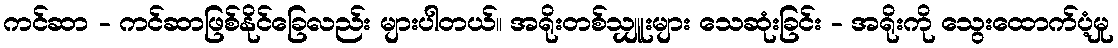
ကင်ဆာ - ကင်ဆာဖြစ်နိုင်ခြေလည်း များပါတယ်။ အရိုးတစ်သျှူးများ သေဆုံးခြင်း - အရိုးကို သွေးထောက်ပံ့မှု